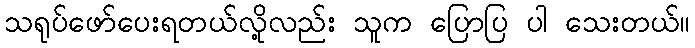
သရုပ်ဖော်ပေးရတယ်လို့လည်း သူက ပြောပြ ပါ သေးတယ်။